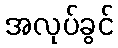
အလုပ်ခွင်